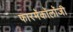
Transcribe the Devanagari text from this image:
फारमॅकॉलॉजी